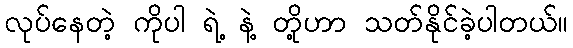
လုပ်နေတဲ့ ကိုပါ ရဲ့ နဲ့ တို့ဟာ သတ်နိုင်ခဲ့ပါတယ်။